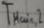
Text: TMain,2